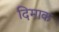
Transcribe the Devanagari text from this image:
दिमाक